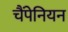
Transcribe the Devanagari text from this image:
चैंपेनियन